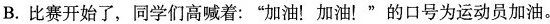
B.比赛开始了，同学们高喊着：”加油！加油！”的口号为运动员加油。